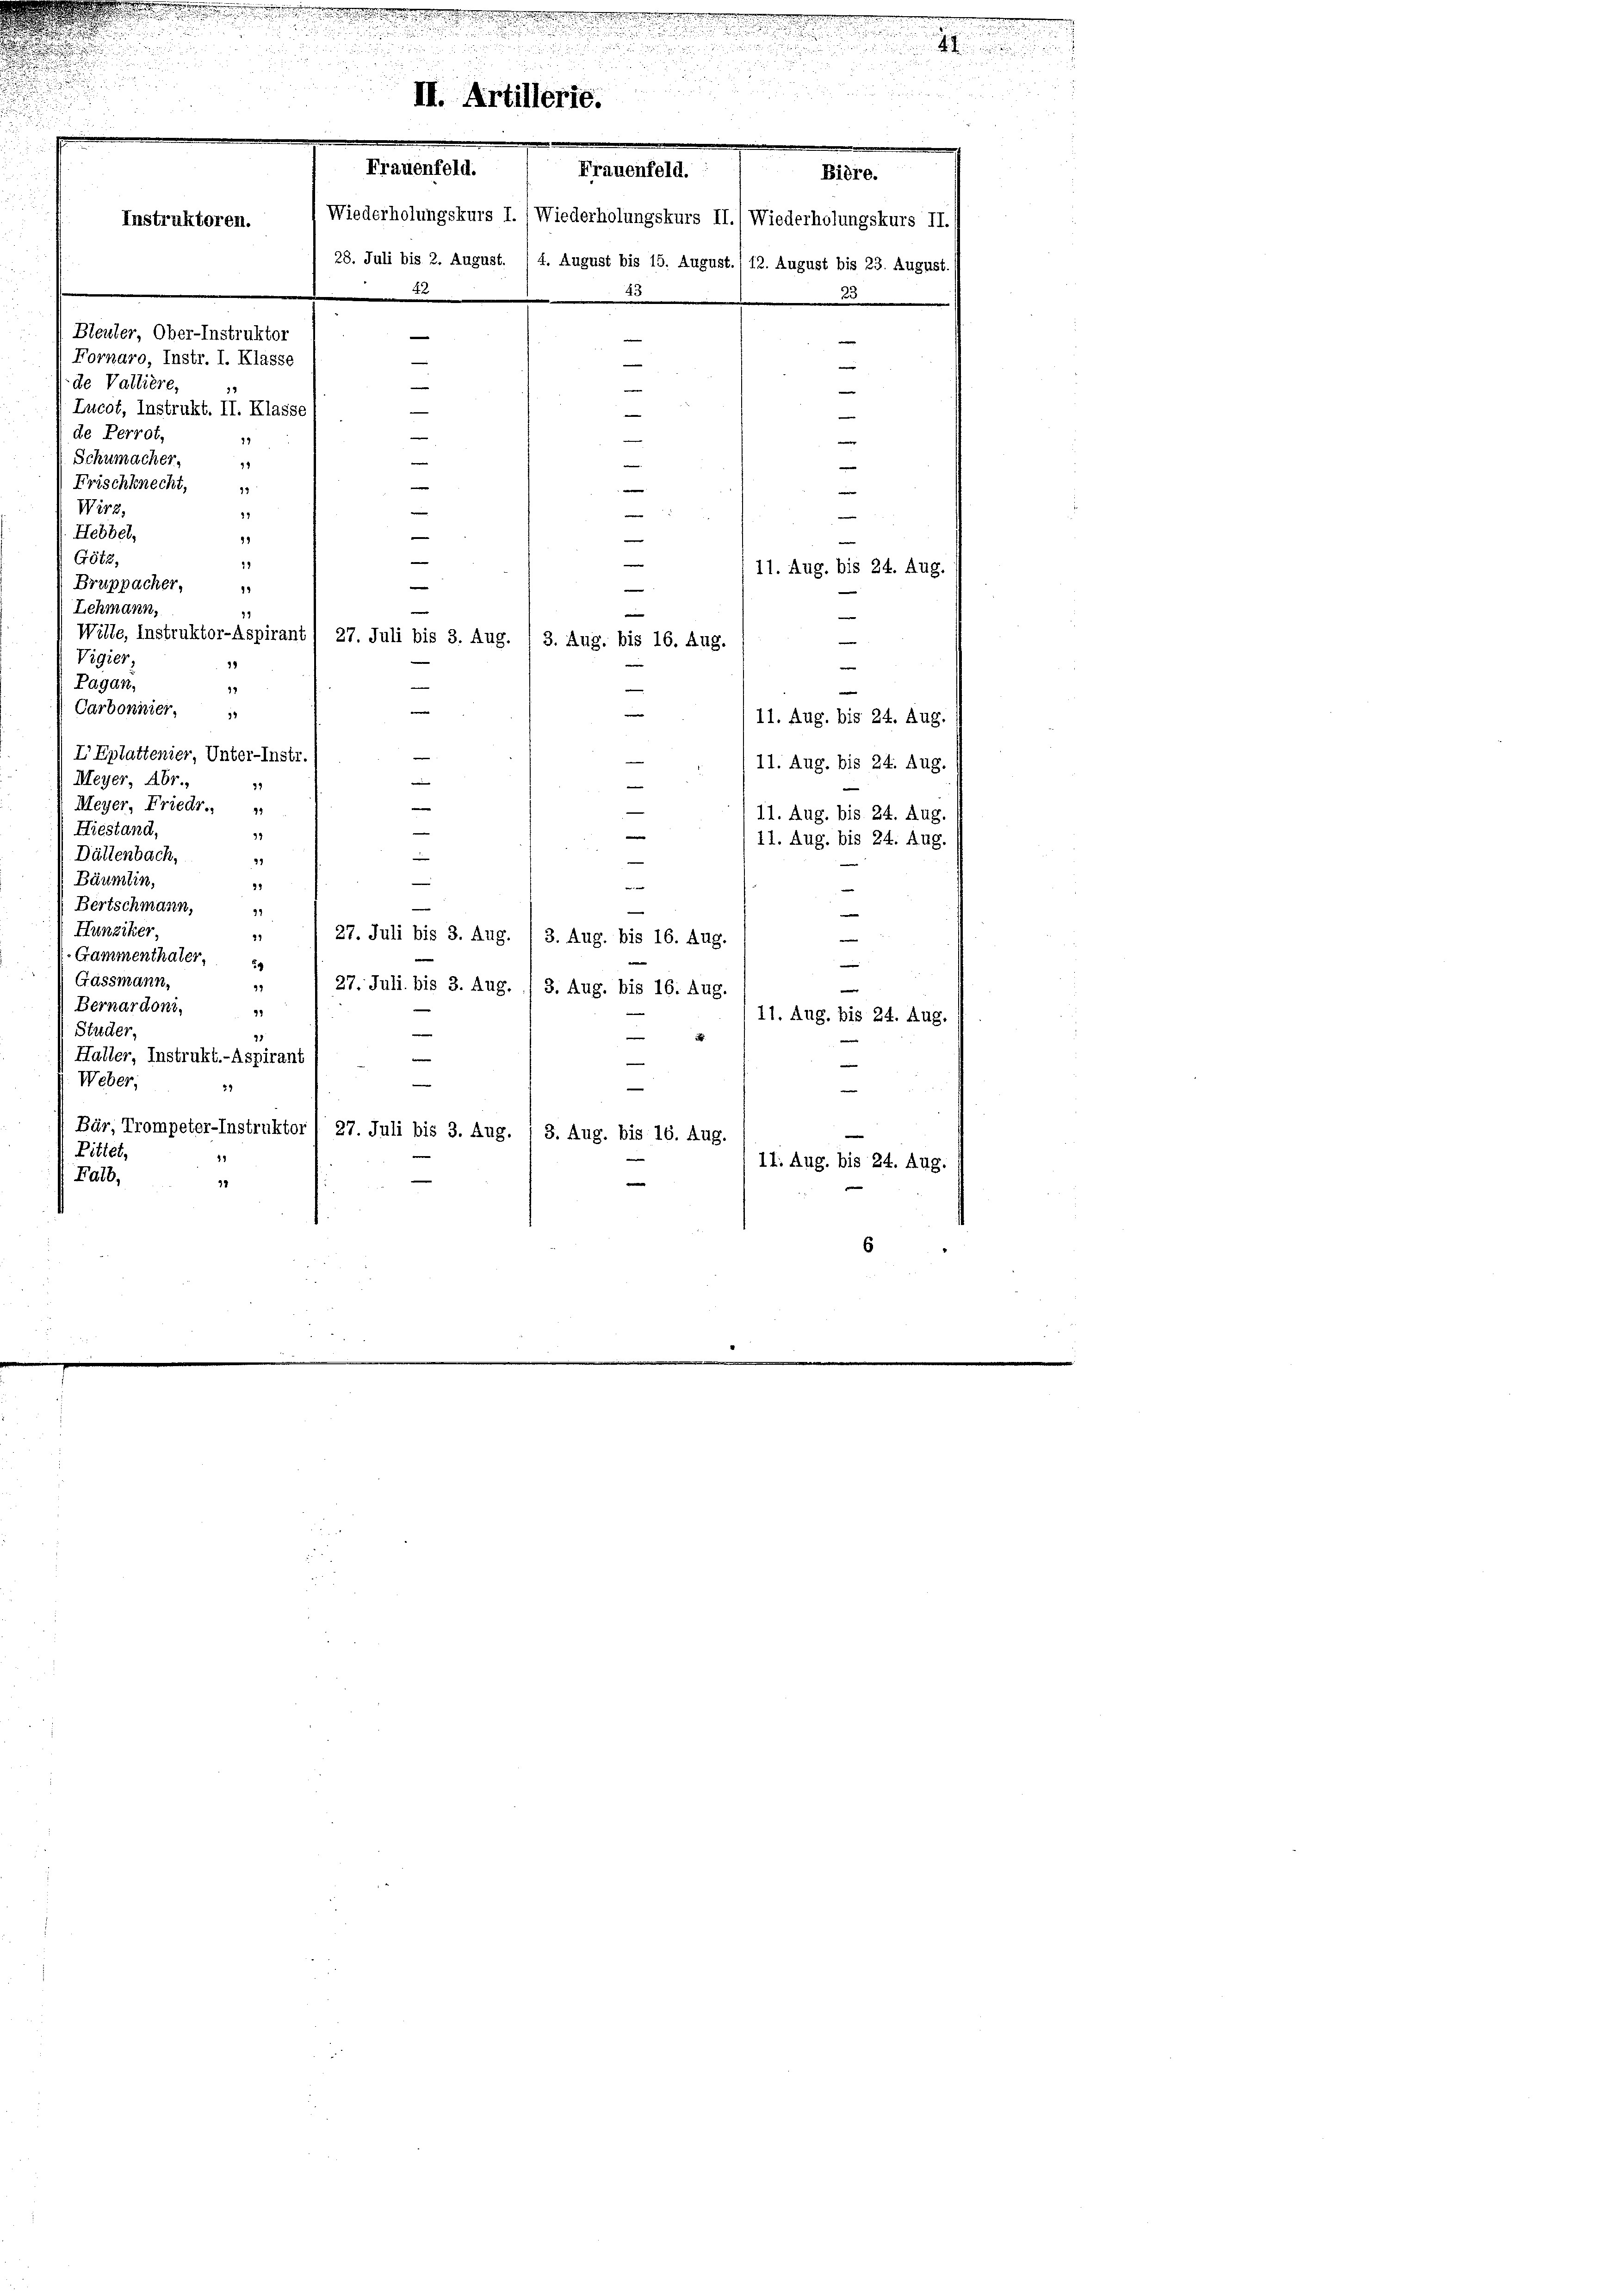
o
u

 8

Instruktoren.
m

221 f

2
d
II. Artillerie.
.
e
.
Frauenfeld.
Frauenfeld.
Wiederholungskurs I. (Wiederholungskurs II.) Wiederholungskurs II.
28. Juli bis 2. August. (4. August bis 15. August., 12. August bis 23. August,
.
45
Bleuler, Ober-Instruktor
—
e
Fornaro, Instr. I. Klasse
—
e
—
e
|
Lucot, Instrukt. II. Klasse
—
—
—
e
e
e
11
e
Frischknecht,
e
e
n
"
e
17
a
v
99
e
e

de Vallière,
de Perrot,
Schumacher.
Wirz
Hebbel,
Götz,
e
19
11. Aug. bis 24. Aug.
Bruppacher,
e
1
e
Ichmann,
71
e
Wille, Instruktor-Aspirant. 27. Juli bis 3. Aug. (3. Aug. bis 16. Aug.
e
Vigier
1
e
Pagan,
e
17
e
Carbonnier.
e
11. Aug. bis 24. Aug.
IEplattenier, Unter-Instr
e
e
11. Aug. bis 24. Aug.
Meyer, Abr.,
—
e
39
e
Meyer, Friedr.
11. Aug. bis 24. Aug.
Hiestand,
39
e
11. Aug. bis 24. Aug.
Dällenbach,
n
21
Bäumlin,
93
e
Bertschmann,
e
37
Hunziker,
27. Juli bis 3. Aug
29
3. Aug. bis 16. Aug.
Gammenthater,
e
Gassmann,
99
27. Juli bis 3. Aug. / 3. Aug. bis 16. Aug.
e
Bernardoni,
93
11. Aug. bis 24. Aug.
Studer,
e
e

Haller, Instrukt.- Aspirant
e
.
|
e
Weber,
29
e
e
Bür, Trompeter-Instruktor! 27. Juli bis 3. Aug. 1 S. Aug. bis 16. Aug.
Pittet,
11. Aug. bis 24. Aug.
Falb,
e
32

Bière.
5

6

u

. . .